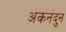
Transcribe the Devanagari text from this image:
अकनंदुन